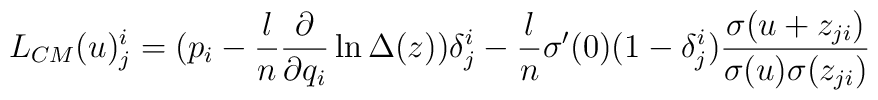
L_{CM}(u)_j^i = (p_i - \frac{l}{n}\frac{\partial}{\partial q_i}\ln\Delta(z))\delta_j^i - \frac{l}{n}\sigma^\prime(0)(1 - \delta_j^i)\frac{\sigma(u + z_{j i})}{\sigma(u) \sigma(z_{j i})}